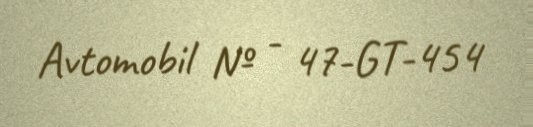
Avtomobil № - 47-GT-454